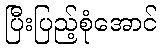
ပြီးပြည့်စုံအောင်